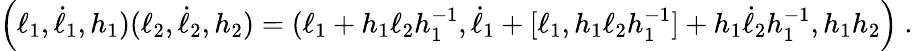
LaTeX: \left(\ell_{1},\dot{\ell}_{1},h_{1})(\ell_{2},\dot{\ell}_{2},h_{2})=(\ell_{1}+h_{1}\ell_{2}h_{1}^{-1},\dot{\ell}_{1}+[\ell_{1},h_{1}\ell_{2}h_{1}^{-1}]+h_{1}\dot{\ell}_{2}h_{1}^{-1},h_{1}h_{2}\right)\ .